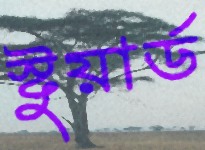
স্টুয়ার্ড